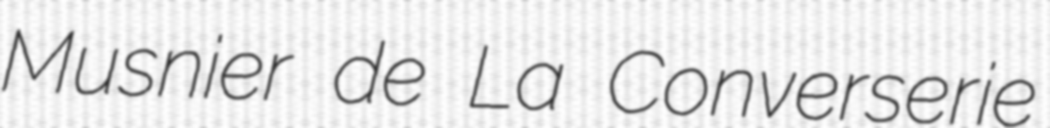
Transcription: Musnier de La Converserie